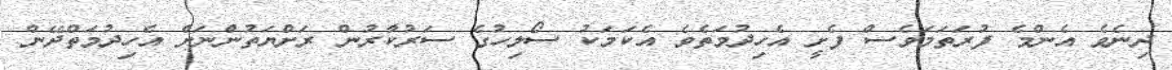
ދިނެވެ އެންމެ ފުރަތަމަވެސް ފެށީ އެހިދުމަތެވެ އެކަމަކު ސޯލިހުގެ ސަރުކާރުން ރަށްޔަތުންނަށް އެހިދުމަތްދޭން